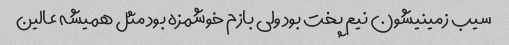
سیب زمینیشون نیم پخت بود ولی بازم خوشمزه بود مثل همیشه عالین